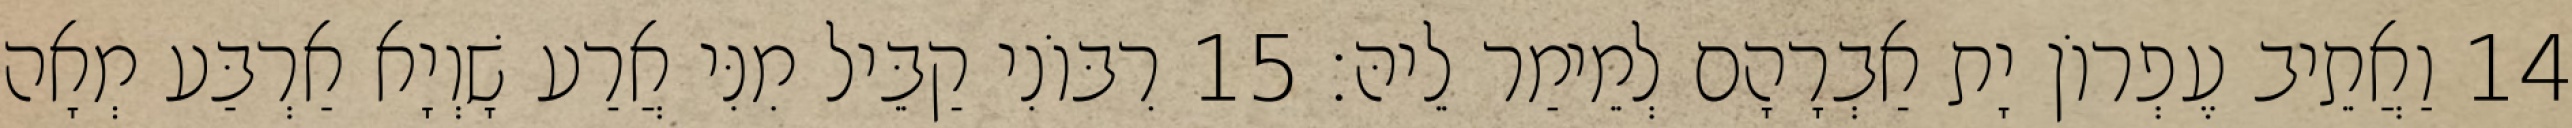
14 וַאֲתֵיב עֶפְרוֹן יָת אַבְרָהָם לְמֵימַר לֵיהּ׃ 15 רִבּוֹנִי קַבֵּיל מִנִּי אֲרַע שָׁוְיָא אַרְבַּע מְאָה